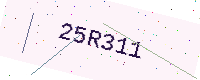
Text: 25R311